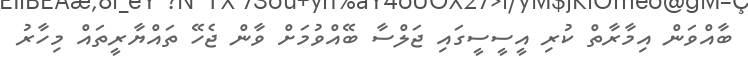
ބާއްވަން އިމާރާތް ކުރި އީސީސީގައި ޖަލްސާ ބޭއްވުމަށް ވާން ޖެހޭ ތައްޔާރީތައް މިހާރު